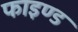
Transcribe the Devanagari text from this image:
फाइण्ड